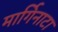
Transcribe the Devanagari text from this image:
मार्गिनाटा